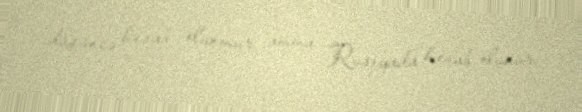
düşüncə hesab olunmur, amma Rusiyada hesab olunur.